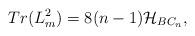
LaTeX: \begin{align*}Tr(L_m^2)=8(n-1){\cal H}_{BC_n}, \end{align*}